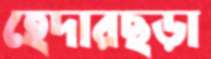
হেদারছড়া